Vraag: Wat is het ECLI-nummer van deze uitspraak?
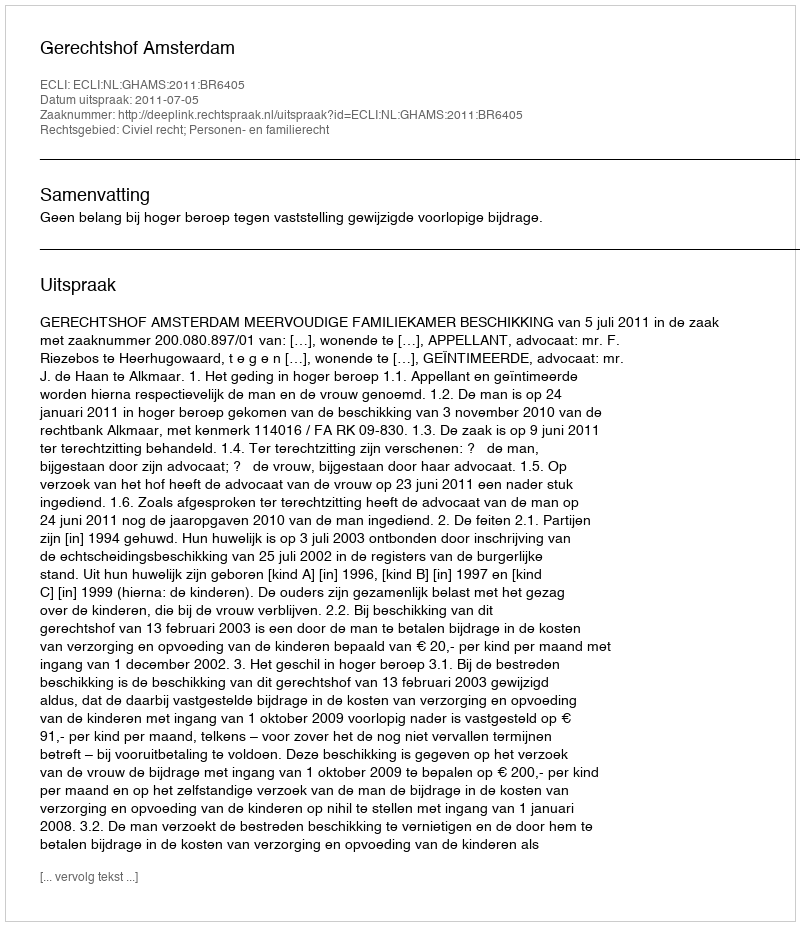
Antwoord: ECLI:NL:GHAMS:2011:BR6405